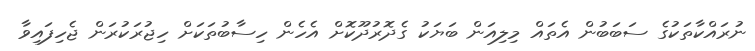
ނުރައްކާތަކުގެ ސަބަބުން އެތައް މިލިއަން ބަޔަކު ގެދޮރުދޫކޮށް އެހެން ހިސާބުތަކަށް ހިޖުރަކުރަން ޖެހިފައިވާ